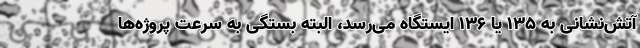
آتش‌نشانی به 135 یا 136 ایستگاه می‌رسد، البته بستگی به سرعت پروژه‌ها